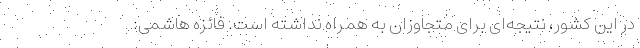
در این کشور، نتیجه‌ای برای متجاوزان به همراه نداشته است. فائزه هاشمی: